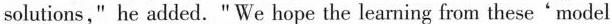
solutions," he added. " We hope the learning from these'model.